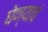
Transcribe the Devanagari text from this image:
घेण्याचं